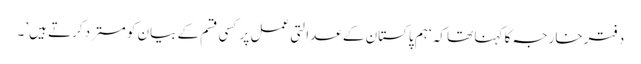
دفترخارجہ کا کہنا تھا کہ ‘ہم پاکستان کے عدالتی عمل پر کسی قسم کے بیان کو مسترد کرتے ہیں’۔